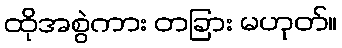
ထိုအစွဲကား တခြား မဟုတ်။